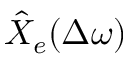
\hat { X } _ { e } ( \Delta \omega )